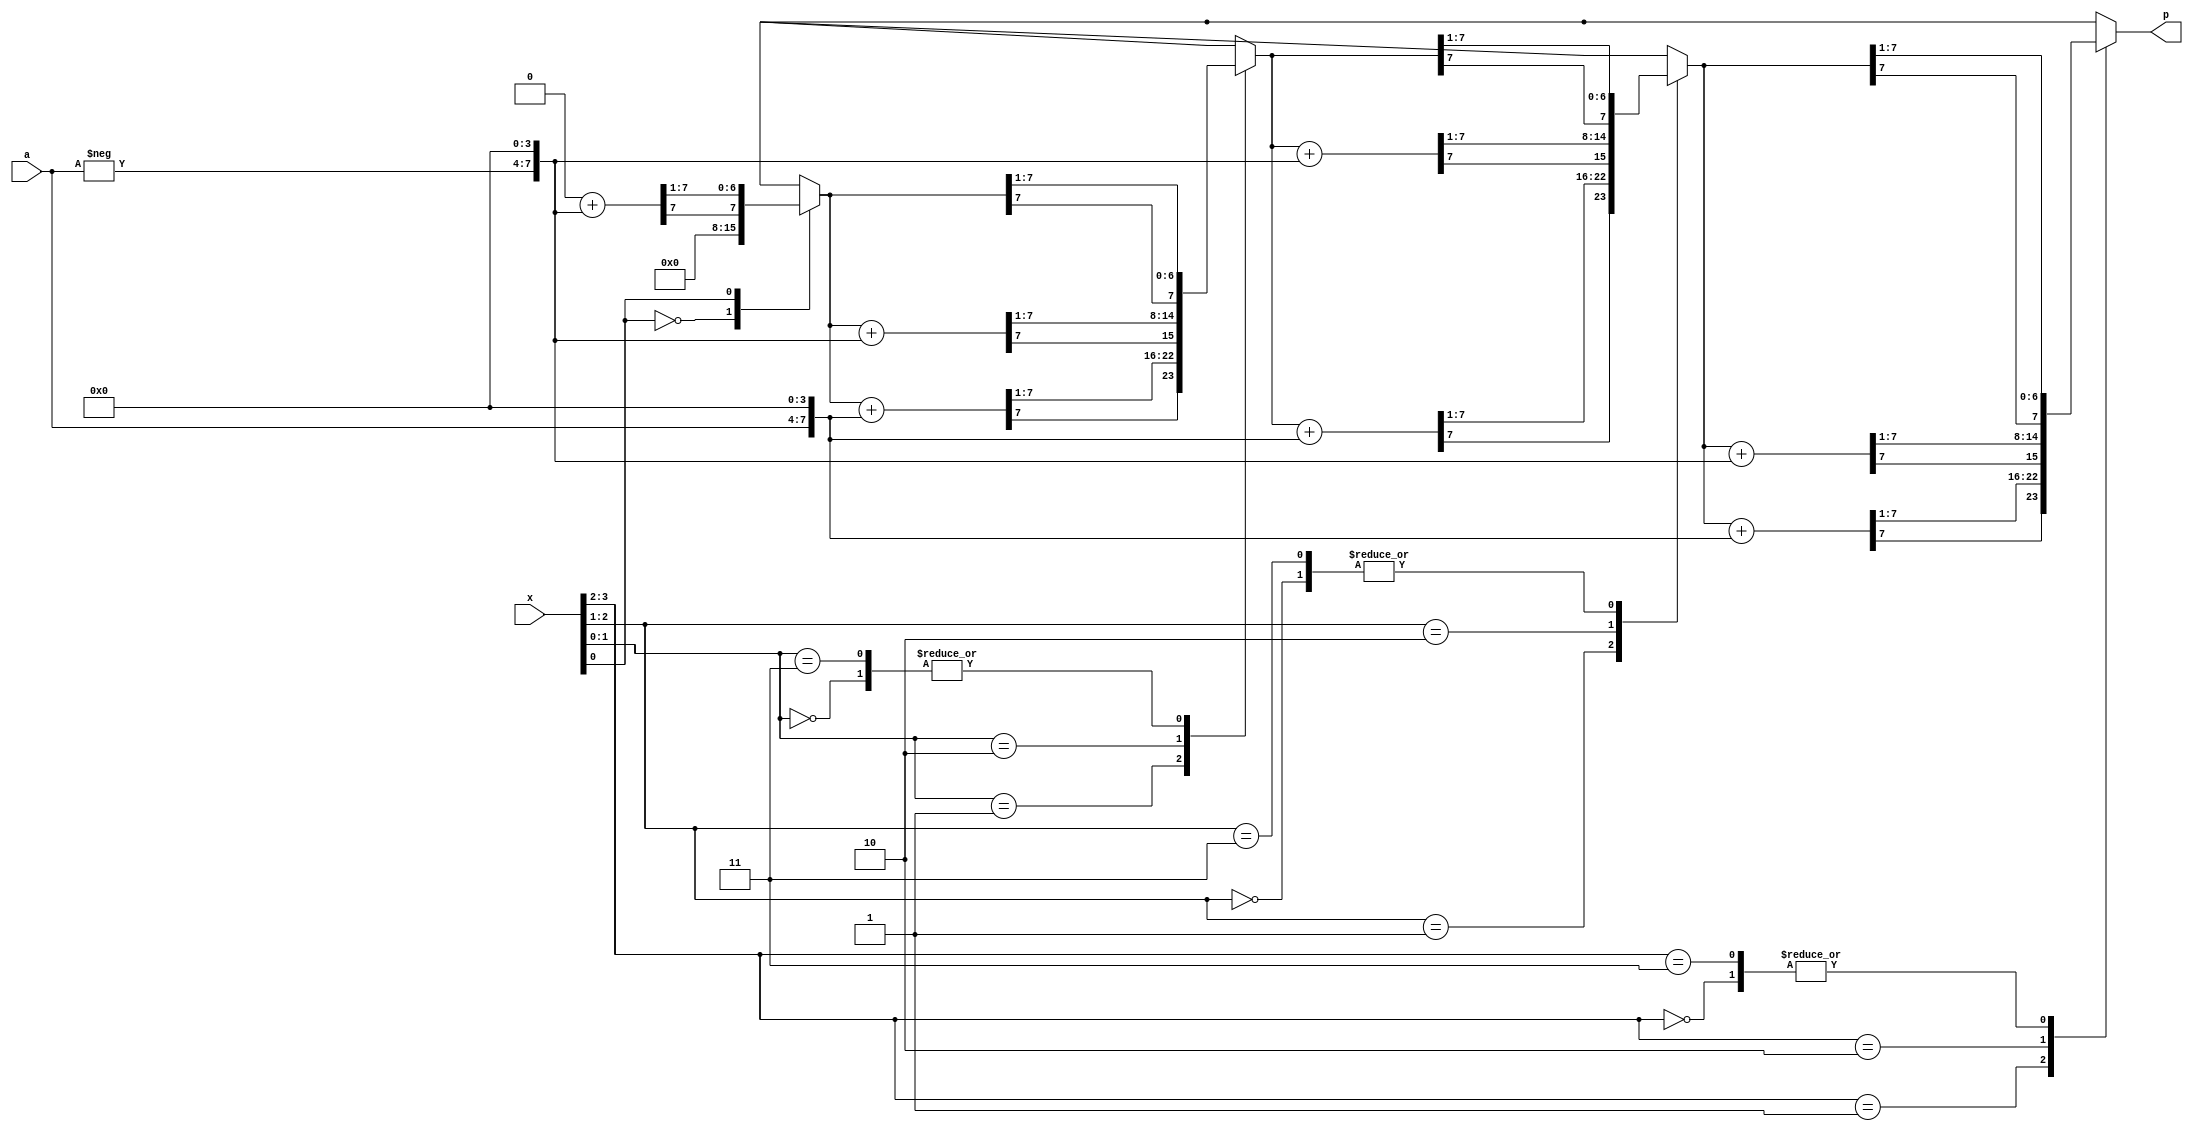
`timescale 1ns / 1ps
///////////////////////////////////////////////////////////////////////////////
// Company:
// Engineer:
//
// Design Name:
// Module Name:    multiplicador_Booth
// Project Name:
// Target Devices:
// Tool versions:
// Description:
//
// Dependencies:
//
// Revision:
// Revision 0.01 - File Created
// Additional Comments:
//
///////////////////////////////////////////////////////////////////////////////
module multiplicador_Booth(
        input [3:0] a,
        input [3:0] x,
        output [7:0] p
        );

    reg [3:0] _a;
    reg [7:0] A, _A;
    reg [7:0] pReg;

    always @(a) begin
        _a = -a;
        A = {a, 4'b0000};
        _A = {_a,4'b0000};
    end

    always @(a or x) begin
        pReg = 0;
        operacion({x[0],1'b0});
        operacion(x[1:0]);
        operacion(x[2:1]);
        operacion(x[3:2]);
    end

    assign p = pReg;

    task operacion;

        input [1:0] bits;

        case (bits)
            2'b00: begin
                pReg = $signed(pReg)>>>1;
            end
            2'b01: begin
                pReg = pReg + A;
                pReg = $signed(pReg)>>>1;
            end
            2'b10: begin
                pReg = pReg + _A;
                pReg = $signed(pReg)>>>1;
            end
            2'b11: begin
                pReg = $signed(pReg)>>>1;
            end
        endcase

    endtask

endmodule